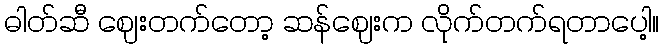
ဓါတ်ဆီ ဈေးတက်တော့ ဆန်ဈေးက လိုက်တက်ရတာပေါ့။